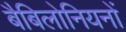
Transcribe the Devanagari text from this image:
बैबिलोनियनों